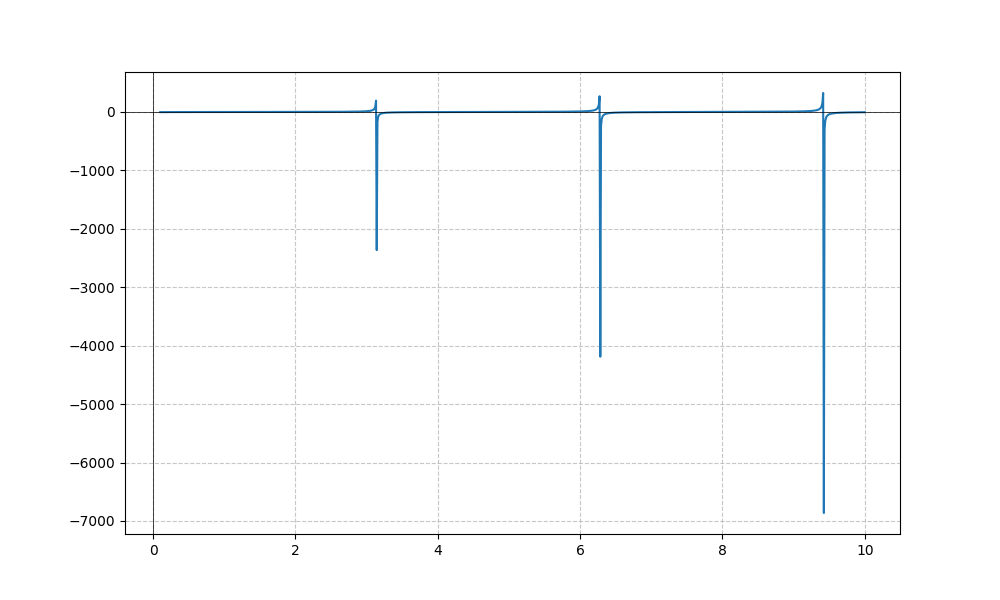
LaTeX formula: - \sqrt{x} \cot{\left(x \right)}